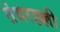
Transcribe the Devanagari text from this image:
तंबरहल्ली